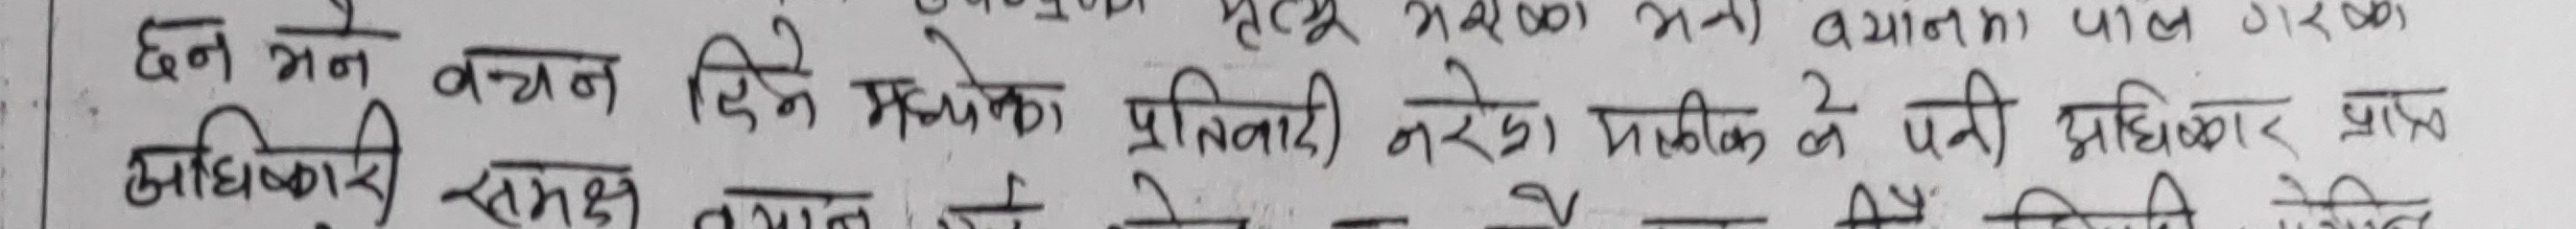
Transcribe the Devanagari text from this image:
छन भने वचन दिन मध्यका प्रतिवादी नरेश पाठकले पनि अधिकार प्राप्त
अधिकारी समक्ष बयान लिने पेश भएको स्थिति देखिन्छ